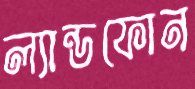
ল্যান্ডফোন